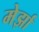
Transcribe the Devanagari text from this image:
मेर्झा